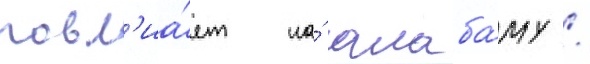
повл'иа́ет на́ алаба́му /